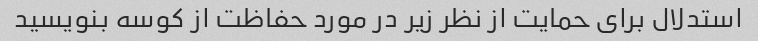
استدلال برای حمایت از نظر زیر در مورد حفاظت از کوسه بنویسید